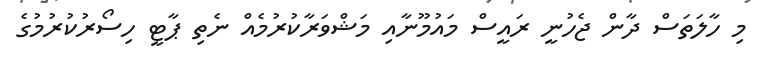
މި ހާލަތަސް ދާން ޖެހުނީ ރައީސް މައުމޫނާއި މަޝްވަރާކުރުމެއް ނެތި ޕާޓީ ހިސޯރުކުރުމުގެ